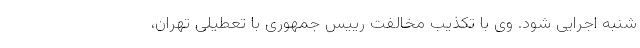
شنبه اجرایی شود. وی با تکذیب مخالفت رییس‌ جمهوری با تعطیلی تهران،